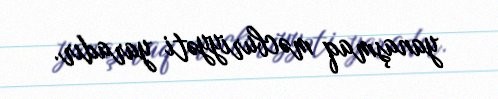
yanaşmaq məcburiyyəti yaradır.